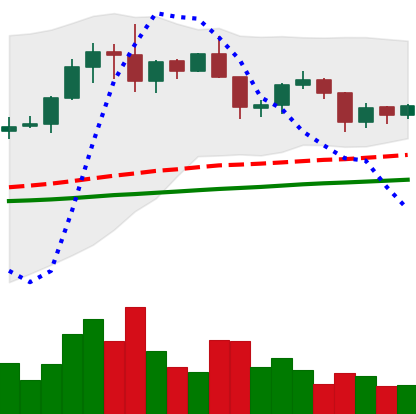
Ticker: XRP-USD
Chart end date: 2019-06-12
Forward return: 11.529%
Label: up_7plus